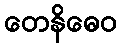
တေနိဓေဝ